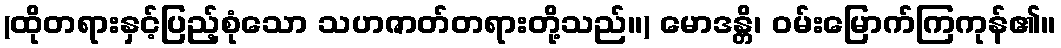
(ထိုတရားနှင့်ပြည့်စုံသော သဟဇာတ်တရားတို့သည်။) မောဒန္တိ၊ ဝမ်းမြောက်ကြကုန်၏။